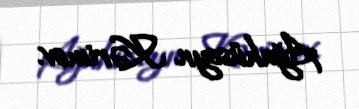
Ağahüseyn Kərimov.